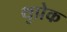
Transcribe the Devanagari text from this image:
थुप्रेक